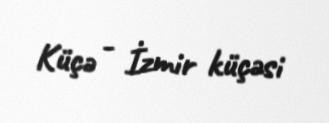
Küçə - İzmir küçəsi